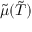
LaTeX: { \tilde { \mu } } ( { \tilde { T } } )